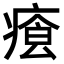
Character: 𤸐